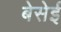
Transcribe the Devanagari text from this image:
बेसेई